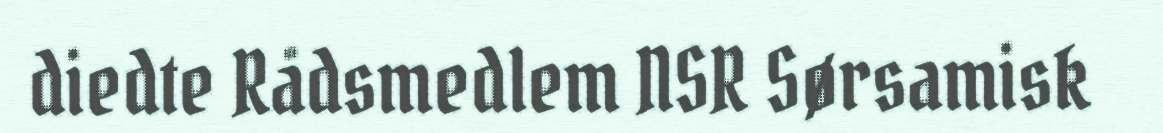
diedte Rådsmedlem NSR Sørsamisk